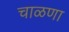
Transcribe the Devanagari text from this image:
चाळणा